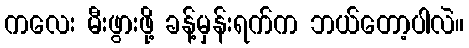
ကလေး မီးဖွားဖို့ ခန့်မှန်းရက်က ဘယ်တော့ပါလဲ။